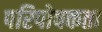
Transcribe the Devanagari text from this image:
परिपोषकता